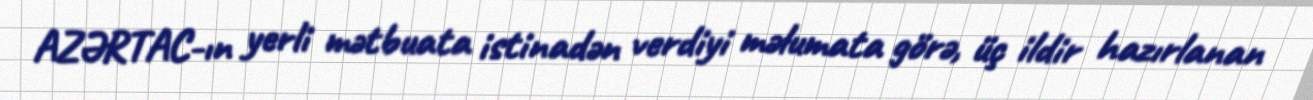
AZƏRTAC-ın yerli mətbuata istinadən verdiyi məlumata görə, üç ildir hazırlanan